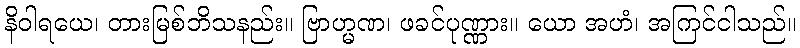
နိဝါရယေ၊ တားမြစ်ဘိသနည်း။ ဗြာဟ္မဏ၊ ဖခင်ပုဏ္ဏား။ ယော အဟံ၊ အကြင်ငါသည်။